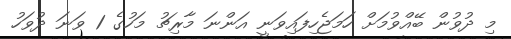
މި ދުވުން ބޭއްވުމަށް ހަމަޖެހިފައިވަނީ އަންނަ މާރިޗު މަހުގެ 1 ވަނަ ދުވަހު